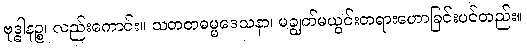
ဗုဒ္ဓါနဉ္စ၊ လည်းကောင်း။ သတတဓမ္မဒေသနာ၊ မချွတ်မယွင်းတရားဟောခြင်းပင်တည်း။